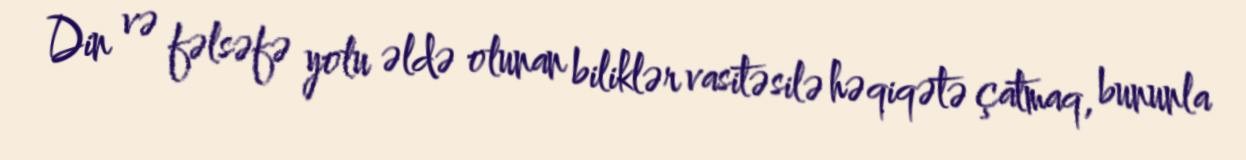
Din və fəlsəfə yolu əldə olunan biliklər vasitəsilə həqiqətə çatmaq, bununla